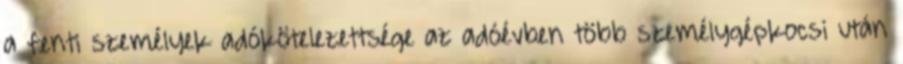
a fenti személyek adókötelezettsége az adóévben több személygépkocsi után